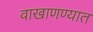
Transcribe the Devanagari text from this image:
वाखाणण्यात